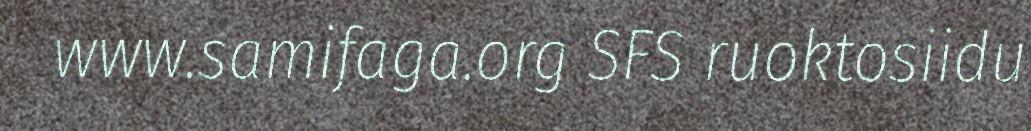
www.samifaga.org SFS ruoktosiidu